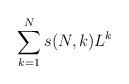
LaTeX: \begin{align*}\sum_{k=1}^N s(N,k) L^k\end{align*}